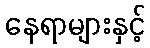
နေရာများနှင့်